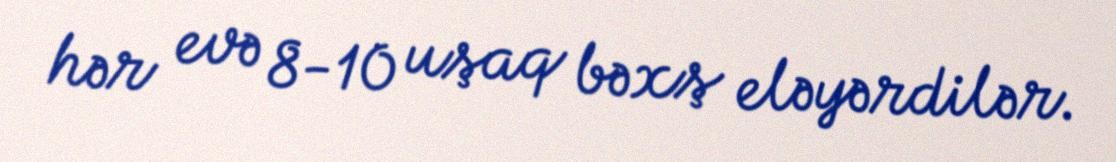
hər evə 8-10 uşaq bəxş eləyərdilər.